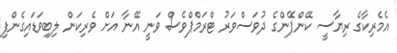
އެމެރިކާގެ ރިޔާސީ ކޭންޕޭންގެ ދުވަސްވަރު ޓްރަމްޕްވެސް ވަނީ އޭނާ އަށް ވެރިކަން ލިބިވަޑައިގެންފި